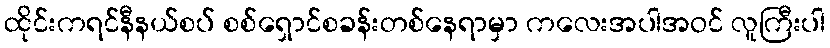
ထိုင်းကရင်နီနယ်စပ် စစ်ရှောင်စခန်းတစ်နေရာမှာ ကလေးအပါအဝင် လူကြီးပါ